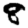
Digit: 8